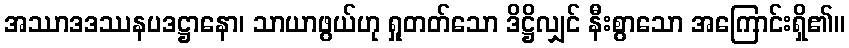
အဿာဒဒဿနပဒဋ္ဌာနော၊ သာယာဖွယ်ဟု ရှုတတ်သော ဒိဋ္ဌိလျှင် နီးစွာသော အကြောင်းရှိ၏။